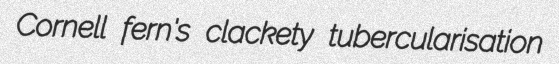
Cornell fern's clackety tubercularisation